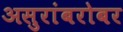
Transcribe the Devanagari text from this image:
असुरांबरोबर